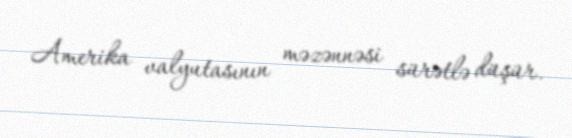
Amerika valyutasının məzənnəsi sürətlə düşür.